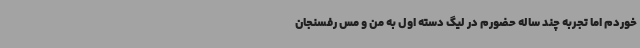
خوردم اما تجربه چند ساله حضورم در لیگ دسته اول به من و مس رفسنجان